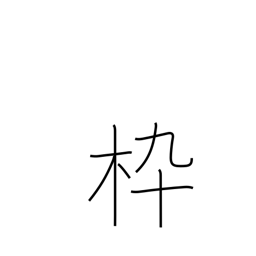
Meaning: frame